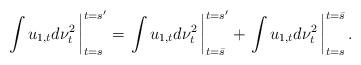
LaTeX: \begin{align*} \left.\int u_{1,t} d\nu^2_{t}\,\right|_{t=s}^{t=s'} =\left.\int u_{1,t} d\nu^2_{t}\,\right|_{t=\bar s}^{t=s'} +\left.\int u_{1,t} d\nu^2_{t}\,\right|^{t=\bar s}_{t=s}.\end{align*}